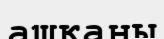
ашқаны